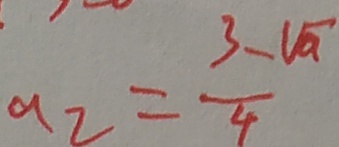
a _ { 2 } = \frac { 3 - \sqrt { a } } { 4 }